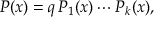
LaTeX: P ( x ) = q \, P _ { 1 } ( x ) \cdots P _ { k } ( x ) ,